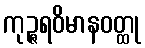
ကုဉ္ဇရဝိမာနဝတ္ထု